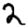
Digit: 2